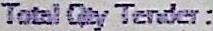
TOTAL QTY TENDER :